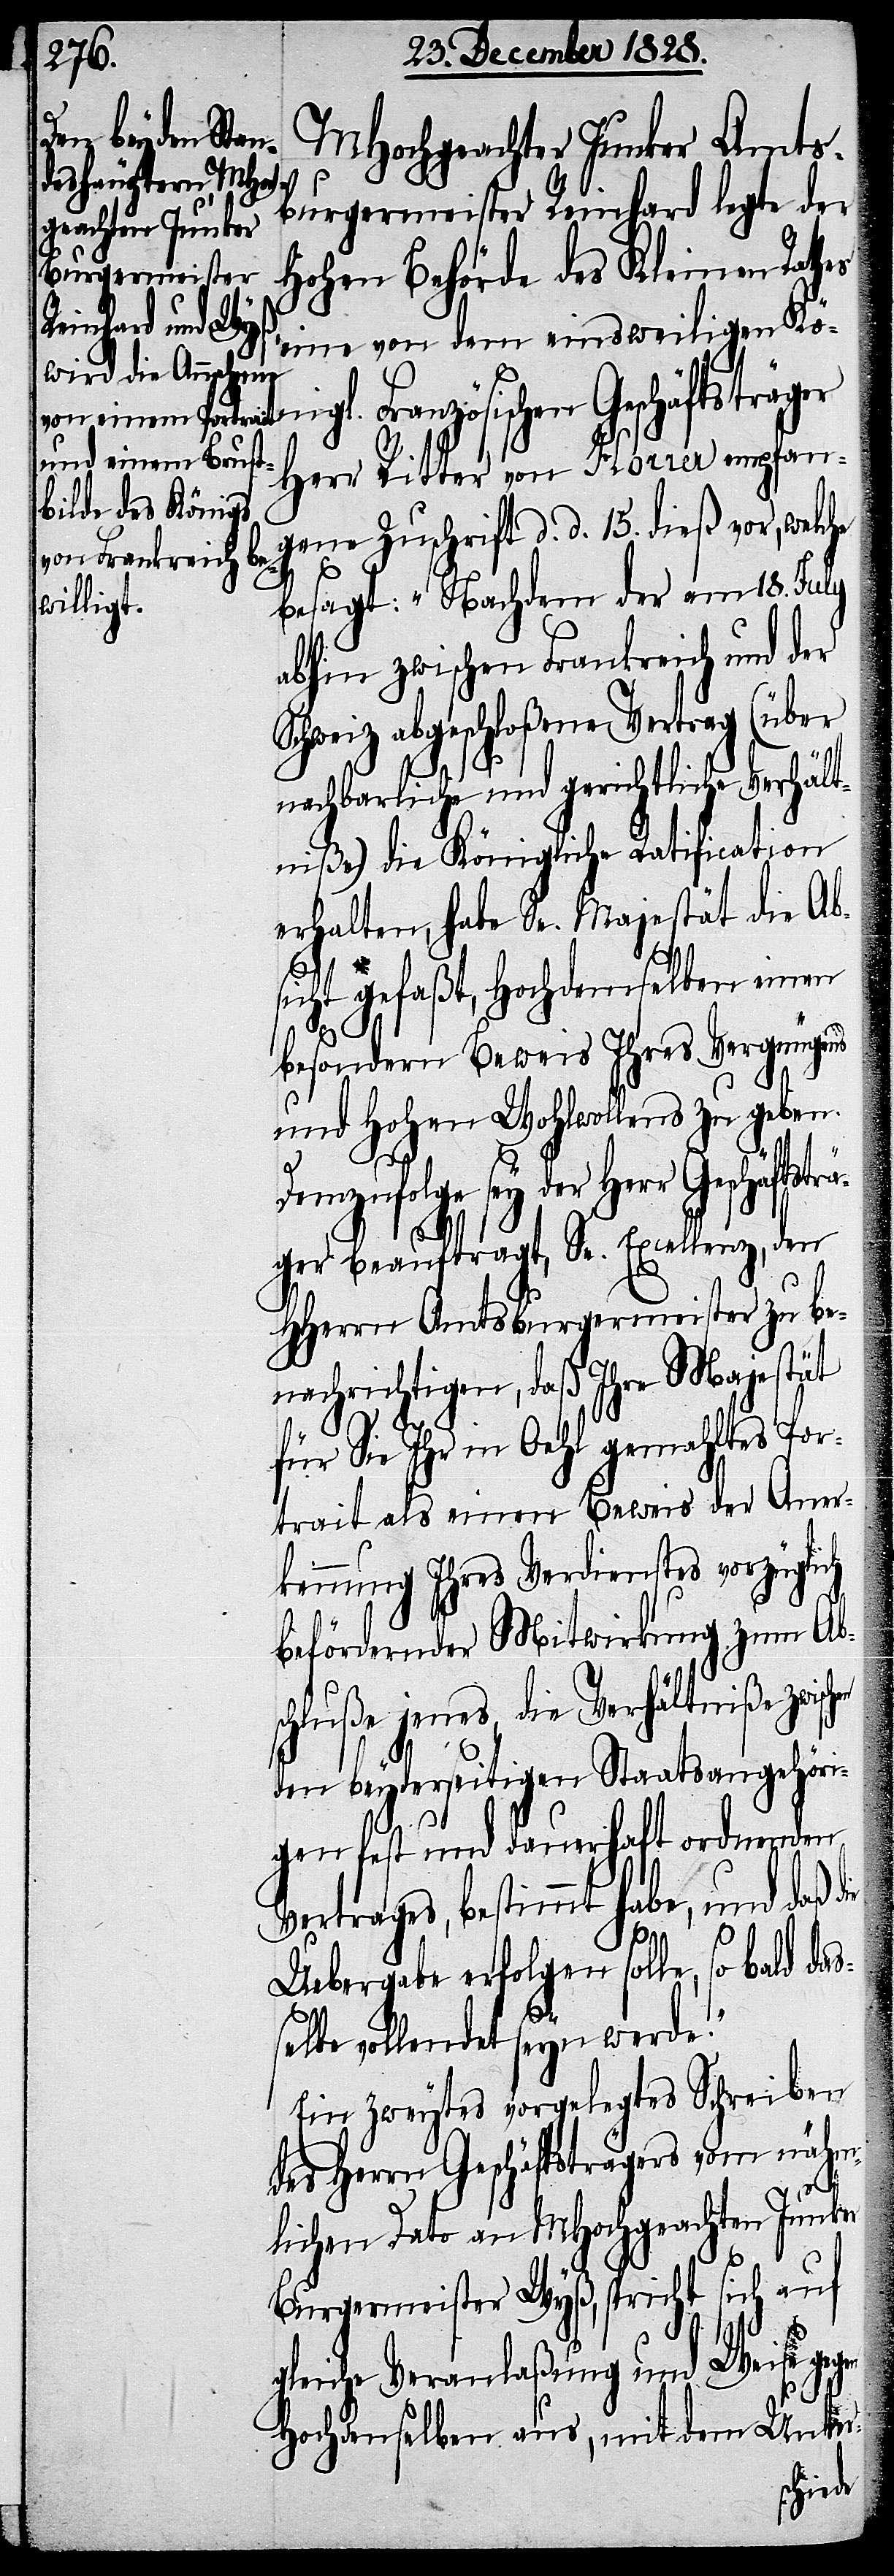
MHochgeachter Junker Amts¬
burgermeister Reinhard legte der
hohen Behörde des Kleinen Rath¬
eine von dem einsweiligen Kö¬
nigl. Französischen Geschäftsträger
Herr Ritter von Horrer empfan¬
gene Zuschrift d. d. 15. dieß vor, welche
besagt: „Nachdem der am 18. July
abhin zwischen Frankreich und der
(über
chweiz abgeschloßene Vertrag
nachbarliche und gerichtliche Verhält¬
niße) die Königliche Ratification
erhalten, habe Se. Majestät die Ab¬
sicht gefaßt, Hochdemselben einen
besondern Beweis Ihres Vergnügens
und hohen Wohlwollens zu geben.
Demzufolge sey der Herr Geschäftsträ¬
ger beauftragt, Se. Excellenz, den
HHerrn Amtsburgermeister zu be¬
nachrichtigen, daß Ihre Majestät
für Sie Ihr in Oehl gemahltes Por¬
trait als einen Beweis der Aner¬
kennung Ihres Verdienstes vorzüglich
befördernder Mitwirkung zum Ab¬
schluße jenes, die Verhältniße zwis¬
den beyderseitigen Staatsangehöri¬
gen fest und dauerhaft ordnenden
Vertrages, bestimmt habe, und daß
Uebergabe erfolgen solle, so bald
selbe vollendet seyn werde.“
Ein zweytes vorgelegtes Schreiben
des Herrn Geschäftsträgers vom nähm¬
gegen
lichen Dato an MHochgeachten Junker
Burgermeister Wyß, spricht sich auf
Weise
gleiche Veranlaßung und
S¬
Hochdenselben aus, mit dem Unter-
chen